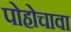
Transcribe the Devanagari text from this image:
पोहोचावा